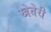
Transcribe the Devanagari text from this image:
खेतेरी